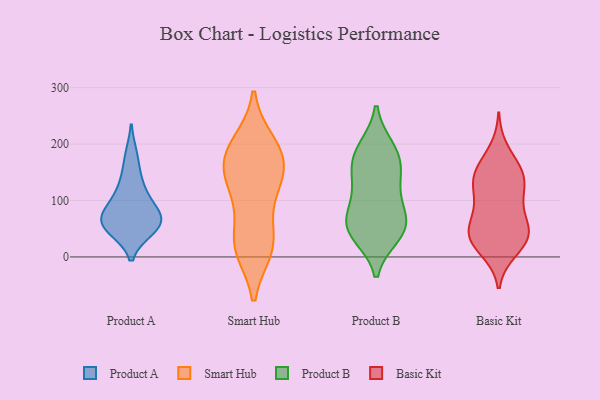
{"axis": {"x": "Operating Costs (USD K)", "y": "Value"}, "legend": ["Basic Kit", "Product A", "Product B", "Smart Hub"], "data": [{"x": "", "y": 88, "type": "Product A"}, {"x": "", "y": 179, "type": "Product A"}, {"x": "", "y": 49, "type": "Product A"}, {"x": "", "y": 113, "type": "Product A"}, {"x": "", "y": 61, "type": "Product A"}, {"x": "", "y": 137, "type": "Product A"}, {"x": "", "y": 82, "type": "Product A"}, {"x": "", "y": 57, "type": "Product A"}, {"x": "", "y": 65, "type": "Product A"}, {"x": "", "y": 53, "type": "Product A"}, {"x": "", "y": 29, "type": "Smart Hub"}, {"x": "", "y": 20, "type": "Smart Hub"}, {"x": "", "y": 184, "type": "Smart Hub"}, {"x": "", "y": 164, "type": "Smart Hub"}, {"x": "", "y": 176, "type": "Smart Hub"}, {"x": "", "y": 184, "type": "Smart Hub"}, {"x": "", "y": 128, "type": "Smart Hub"}, {"x": "", "y": 16, "type": "Smart Hub"}, {"x": "", "y": 126, "type": "Smart Hub"}, {"x": "", "y": 200, "type": "Smart Hub"}, {"x": "", "y": 117, "type": "Smart Hub"}, {"x": "", "y": 26, "type": "Smart Hub"}, {"x": "", "y": 53, "type": "Product B"}, {"x": "", "y": 44, "type": "Product B"}, {"x": "", "y": 39, "type": "Product B"}, {"x": "", "y": 177, "type": "Product B"}, {"x": "", "y": 49, "type": "Product B"}, {"x": "", "y": 155, "type": "Product B"}, {"x": "", "y": 189, "type": "Product B"}, {"x": "", "y": 80, "type": "Product B"}, {"x": "", "y": 145, "type": "Product B"}, {"x": "", "y": 129, "type": "Product B"}, {"x": "", "y": 61, "type": "Product B"}, {"x": "", "y": 96, "type": "Product B"}, {"x": "", "y": 193, "type": "Product B"}, {"x": "", "y": 191, "type": "Basic Kit"}, {"x": "", "y": 64, "type": "Basic Kit"}, {"x": "", "y": 114, "type": "Basic Kit"}, {"x": "", "y": 117, "type": "Basic Kit"}, {"x": "", "y": 156, "type": "Basic Kit"}, {"x": "", "y": 117, "type": "Basic Kit"}, {"x": "", "y": 44, "type": "Basic Kit"}, {"x": "", "y": 74, "type": "Basic Kit"}, {"x": "", "y": 157, "type": "Basic Kit"}, {"x": "", "y": 137, "type": "Basic Kit"}, {"x": "", "y": 147, "type": "Basic Kit"}, {"x": "", "y": 148, "type": "Basic Kit"}, {"x": "", "y": 46, "type": "Basic Kit"}, {"x": "", "y": 32, "type": "Basic Kit"}, {"x": "", "y": 10, "type": "Basic Kit"}, {"x": "", "y": 37, "type": "Basic Kit"}, {"x": "", "y": 12, "type": "Basic Kit"}, {"x": "", "y": 86, "type": "Basic Kit"}, {"x": "", "y": 37, "type": "Basic Kit"}, {"x": "", "y": 37, "type": "Basic Kit"}]}